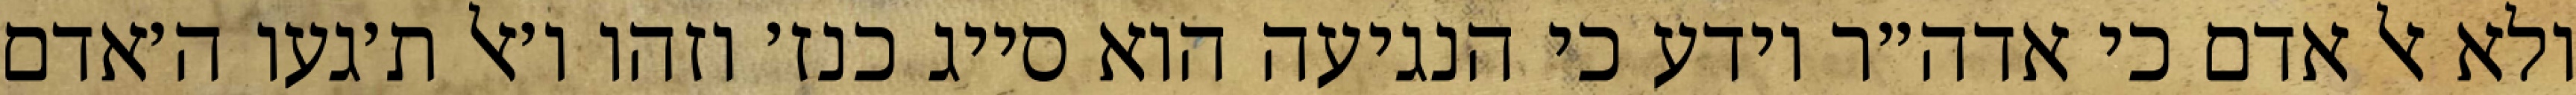
ולא אל אדם כי אדה״ר יודע כי הנגיעה הוא סייג כנז׳ וזהו ו׳אל ת׳געו ה׳אדם